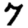
Digit: 7